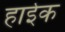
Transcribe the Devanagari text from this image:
हाईक